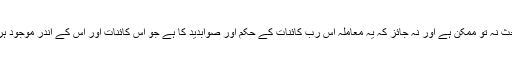
مشیت کے فیصلوں پر بحث نہ تو ممکن ہے اور نہ جائز کہ یہ معاملہ اس رب کائنات کے حکم اور صوابدید کا ہے جو اس کائنات اور اس کے اندر موجود ہرچیز کا خالق و مالق ہے۔